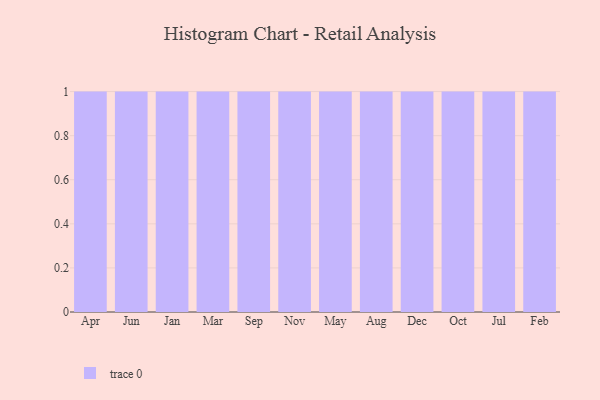
{"axis": {"x": "Month", "y": "Conversion Rate (%)"}, "legend": [""], "data": [{"x": "Apr", "y": 86, "type": ""}, {"x": "Jun", "y": 65, "type": ""}, {"x": "Jan", "y": 98, "type": ""}, {"x": "Mar", "y": 71, "type": ""}, {"x": "Sep", "y": 73, "type": ""}, {"x": "Nov", "y": 65, "type": ""}, {"x": "May", "y": 50, "type": ""}, {"x": "Aug", "y": 86, "type": ""}, {"x": "Dec", "y": 16, "type": ""}, {"x": "Oct", "y": 33, "type": ""}, {"x": "Jul", "y": 84, "type": ""}, {"x": "Feb", "y": 48, "type": ""}]}